On a parasite found in the white corpuscles of the blood of dogs - Number 14
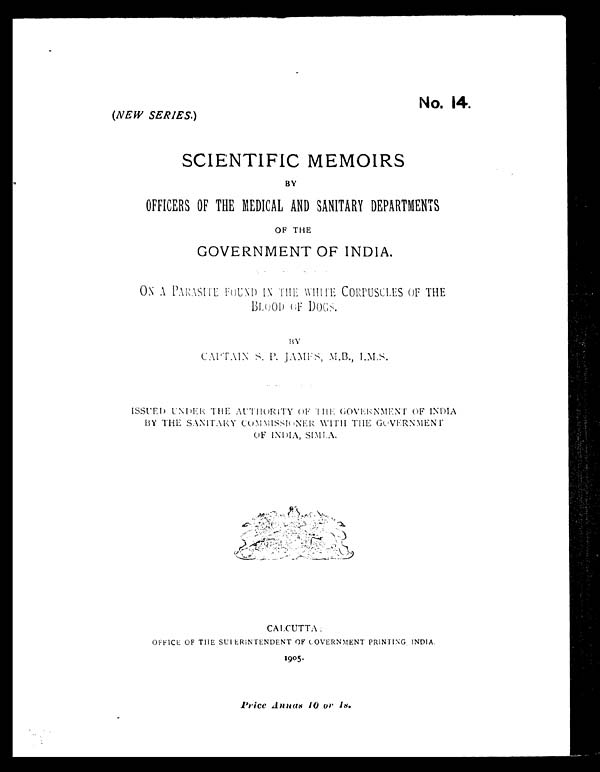
No. 14.
(NEW SERIES.)
SCIENTIFIC MEMOIRS
BY
OFFICERS OF THE MEDICAL AND SANITARY DEPARTMENTS
OF THE
GOVERNMENT OF INDIA.
ON A PARASITE FOUND IN THE WHITE CORPUSCLES OF THE
BLOOD OF DOGS.
BY
CAPTAIN S. P. JAMES, M.B., I.M.S.
ISSUED UNDER THE AUTHORITY OF THE GOVERNMENT OF INDIA
BY THE SANITARY COMMISSIONER WITH THE GOVERNMENT
OF INDIA, SIMLA.
CALCUTTA:
OFFICE OF THE SUPERINTENDENT OF GOVERNMENT PRINTING INDIA.
1905.
Price Annas 10 or 1s.